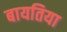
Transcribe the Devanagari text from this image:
बायतिया